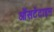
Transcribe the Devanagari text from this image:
ऑसटेंटाइन